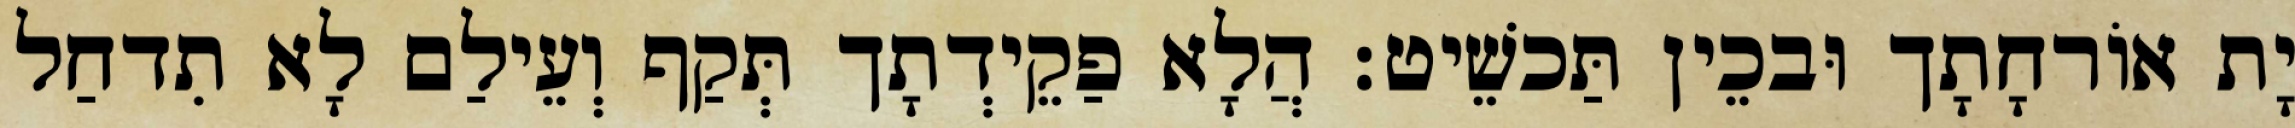
יָת אוֹרחָתָך וּבכֵין תַּכשֵׁיט׃ הֲלָא פַקֵידְתָך תְּקַף וְעֵילַם לָא תִדחַל